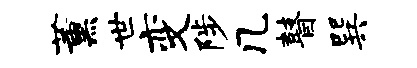
薰世变陟几瞽巽